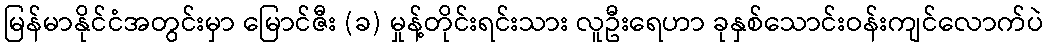
မြန်မာနိုင်ငံအတွင်းမှာ မြောင်ဇီး (ခ) မှုန့်တိုင်းရင်းသား လူဦးရေဟာ ခုနှစ်သောင်းဝန်းကျင်လောက်ပဲ